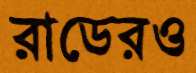
রাডেরও